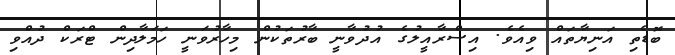
ބޮޑެތި އަނިޔާތައް ވިއެވެ. އިސްރާއީލުގެ އުދުވާނީ ބާރުތަކުން މިހާރުވަނީ ހަމަލާދިން ޓްރަކް ދުއްވި